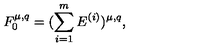
F _ { 0 } ^ { \mu , q } = ( \sum _ { i = 1 } ^ { m } E ^ { ( i ) } ) ^ { \mu , q } ,